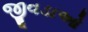
જીવડાઓ